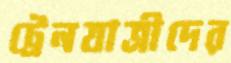
ট্রেনযাত্রীদের